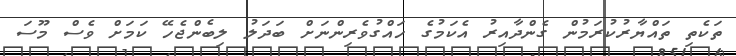
ތަކެތި ތައްޔާރުކުރަމުން ގެންދާއިރު އެކަމުގެ ހައްގުވެރިންނަށް ބަދަލު ލިބެންޖެހޭ ކަމަށް ވެސް މޫސަ